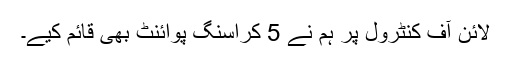
لائن آف کنٹرول پر ہم نے 5 کراسنگ پوائنٹ بھی قائم کیے۔